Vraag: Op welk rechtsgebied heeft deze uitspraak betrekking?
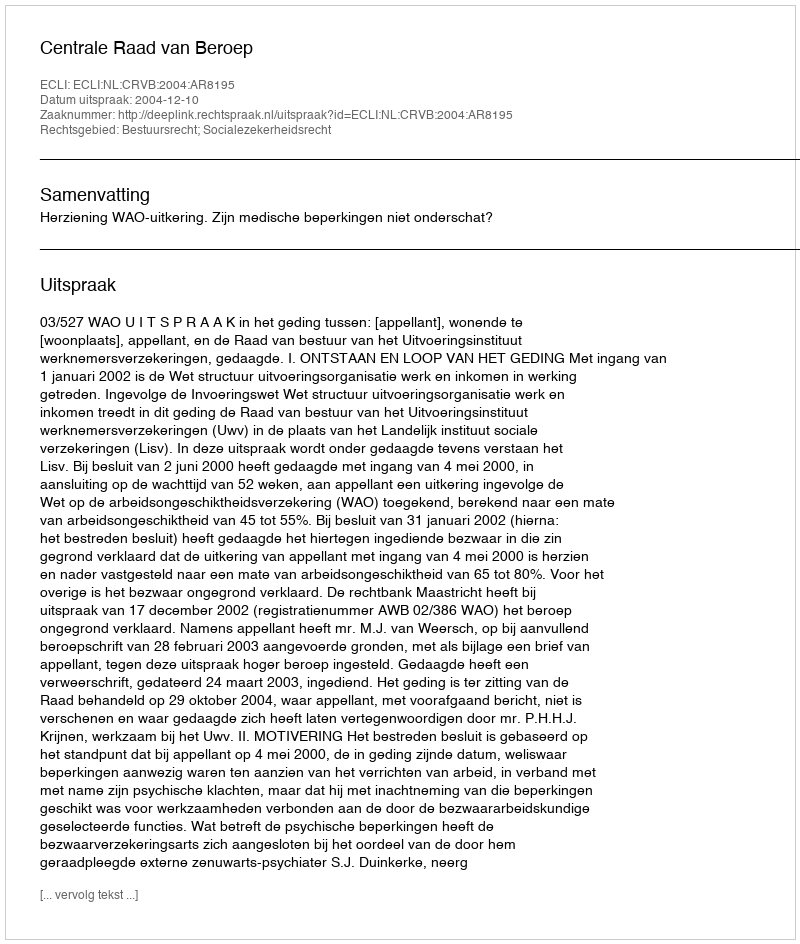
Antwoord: Bestuursrecht; Socialezekerheidsrecht